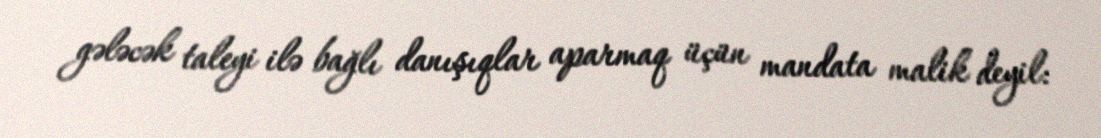
gələcək taleyi ilə bağlı danışıqlar aparmaq üçün mandata malik deyil: